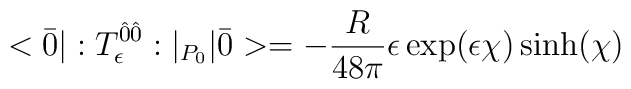
<\bar{0}|:T_{\epsilon}^{\hat{0}\hat{0}}:|_{P_0}|\bar{0}> =-\frac{R}{48\pi}\epsilon \exp(\epsilon \chi) \sinh(\chi)